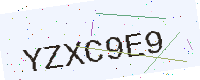
Text: YZXC9E9